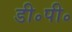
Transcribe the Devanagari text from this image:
डी॰पी॰